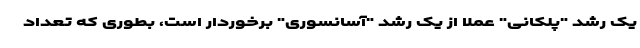
یک رشد "پلکانی" عملا از یک رشد "آسانسوری" برخوردار است، بطوری که تعداد